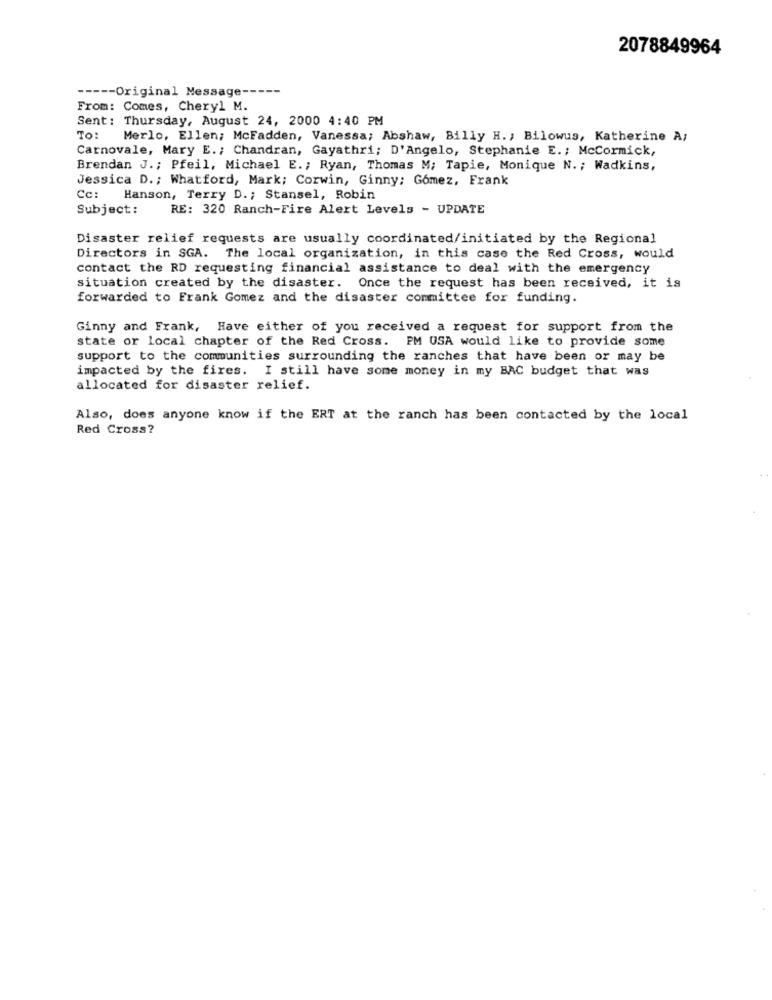
2078849964
----- Original Message --
From: Comes, Cheryl M.
Sent: Thursday, August 24, 2000 4:40 PM
TO:
Merlo, Ellen; McFadden, Vanessa; Abshaw, Billy H .; Bilowus, Katherine A;
Carnovale, Mary E .; Chandran, Gayathri; D'Angelo, Stephanie E .; McCormick,
Brendan J .; Pfeil, Michael E .; Ryan, Thomas M; Tapie, Monique N. ; Wadkins,
Jessica D .; Whatford, Mark; Corwin, Ginny; Gomez, Frank
Cc:
Hanson, Terry D .; Stansel, Robin
Subject:
RE: 320 Ranch-Fire Alert Levels - UPDATE
Disaster relief requests are usually coordinated/initiated by the Regional
Directors in SGA. The local organization, in this case the Red Cross, would
contact the RD requesting financial assistance to deal with the emergency
situation created by the disaster. Once the request has been received, it is
forwarded to Frank Gomez and the disaster committee for funding.
Ginny and Frank, Have either of you received a request for support from the
state or local chapter of the Red Cross. PM USA would like to provide some
support to the communities surrounding the ranches that have been or may be
impacted by the fires. I still have some money in my BAC budget that was
allocated for disaster relief.
Also, does anyone know if the ERT at the ranch has been contacted by the local
Red Cross?